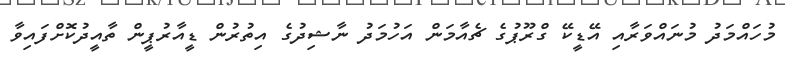
މުހައްމަދު މުނައްވަރާއި އޭޑީކޭ ގްރޫޕުގެ ޗެއާމަން އަހުމަދު ނާޝިދުގެ އިތުރުން ޑީއާރުޕީން ތާއީދުކޮށްފައިވާ